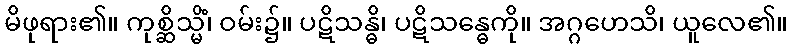
မိဖုရား၏။ ကုစ္ဆိသ္မိံ၊ ဝမ်း၌။ ပဋိသန္ဓိ၊ ပဋိသန္ဓေကို။ အဂ္ဂဟေသိ၊ ယူလေ၏။